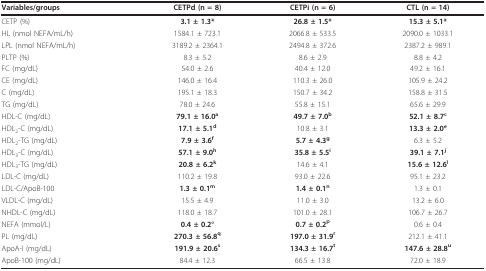
<table><thead><tr><td><b>Variables/groups</b></td><td><b>CETPd (n = 8)</b></td><td><b>CETPi (n = 6)</b></td><td><b>CTL (n = 14)</b></td></tr></thead><tbody><tr><td>CETP (%)</td><td><b>3.1 ± 1.3*</b></td><td><b>26.8 ± 1.5*</b></td><td><b>15.3 ± 5.1*</b></td></tr><tr><td>HL (nmol NEFA/mL/h)</td><td>1584.1 ± 723.1</td><td>2066.8 ± 533.5</td><td>2090.0 ± 1033.1</td></tr><tr><td>LPL (nmol NEFA/mL/h)</td><td>3189.2 ± 2364.1</td><td>2494.8 ± 372.6</td><td>2387.2 ± 989.1</td></tr><tr><td>PLTP (%)</td><td>8.3 ± 5.2</td><td>8.6 ± 2.9</td><td>8.8 ± 4.2</td></tr><tr><td>FC (mg/dL)</td><td>54.0 ± 2.6</td><td>40.4 ± 12.0</td><td>49.2 ± 16.1</td></tr><tr><td>CE (mg/dL)</td><td>146.0 ± 16.4</td><td>110.3 ± 26.0</td><td>105.9 ± 24.2</td></tr><tr><td>C (mg/dL)</td><td>195.1 ± 18.3</td><td>150.7 ± 34.2</td><td>158.8 ± 31.5</td></tr><tr><td>TG (mg/dL)</td><td>78.0 ± 24.6</td><td>55.8 ± 15.1</td><td>65.6 ± 29.9</td></tr><tr><td>HDL-C (mg/dL)</td><td><b>79.1 ± 16.0<sup>a</sup></b></td><td><b>49.7 ± 7.0<sup>b</sup></b></td><td><b>52.1 ± 8.7<sup>c</sup></b></td></tr><tr><td>HDL<sub>2</sub>-C (mg/dL)</td><td><b>17.1 ± 5.1<sup>d</sup></b></td><td>10.8 ± 3.1</td><td><b>13.3 ± 2.0<sup>e</sup></b></td></tr><tr><td>HDL<sub>2</sub>-TG (mg/dL)</td><td><b>7.9 ± 3.6<sup>f</sup></b></td><td><b>5.7 ± 4.3<sup>g</sup></b></td><td>6.3 ± 5.2</td></tr><tr><td>HDL<sub>3</sub>-C (mg/dL)</td><td><b>57.1 ± 9.0<sup>h</sup></b></td><td><b>35.8 ± 5.5<sup>i</sup></b></td><td><b>39.1 ± 7.1<sup>j</sup></b></td></tr><tr><td>HDL<sub>3</sub>-TG (mg/dL)</td><td><b>20.8 ± 6.2<sup>k</sup></b></td><td>14.6 ± 4.1</td><td><b>15.6 ± 12.6<sup>l</sup></b></td></tr><tr><td>LDL-C (mg/dL)</td><td>110.2 ± 19.8</td><td>93.0 ± 22.6</td><td>95.1 ± 23.2</td></tr><tr><td>LDL-C/ApoB-100</td><td><b>1.3 ± 0.1<sup>m</sup></b></td><td><b>1.4 ± 0.1<sup>n</sup></b></td><td>1.3 ± 0.1</td></tr><tr><td>VLDL-C (mg/dL)</td><td>15.5 ± 4.9</td><td>11.0 ± 3.0</td><td>13.2 ± 6.0</td></tr><tr><td>NHDL-C (mg/dL)</td><td>118.0 ± 18.7</td><td>101.0 ± 28.1</td><td>106.7 ± 26.7</td></tr><tr><td>NEFA (mmol/L)</td><td><b>0.4 ± 0.2°</b></td><td><b>0.7 ± 0.2<sup>p</sup></b></td><td>0.6 ± 0.4</td></tr><tr><td>PL (mg/dL)</td><td><b>270.3 ± 56.8<sup>q</sup></b></td><td><b>197.0 ± 31.9<sup>r</sup></b></td><td>212.1 ± 41.1</td></tr><tr><td>ApoA-I (mg/dL)</td><td><b>191.9 ± 20.6<sup>s</sup></b></td><td><b>134.3 ± 16.7<sup>t</sup></b></td><td><b>147.6 ± 28.8<sup>u</sup></b></td></tr><tr><td>ApoB-100 (mg/dL)</td><td>84.4 ± 12.3</td><td>66.5 ± 13.8</td><td>72.0 ± 18.9</td></tr></tbody></table>